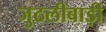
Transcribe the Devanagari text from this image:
जुठलीबाड़ी